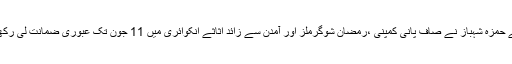
یاد رہے حمزہ شہباز نے صاف پانی کمپنی ،رمضان شوگرملز اور آمدن سے زائد اثاثے انکوائری میں 11 جون تک عبوری ضمانت لی رکھی تھی۔